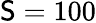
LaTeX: \mathsf{S}=100